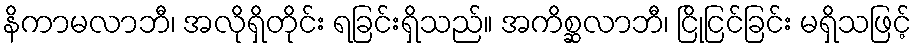
နိကာမလာဘီ၊ အလိုရှိတိုင်း ရခြင်းရှိသည်။ အကိစ္ဆလာဘီ၊ ငြိုငြင်ခြင်း မရှိသဖြင့်